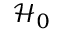
\mathcal { H } _ { 0 }